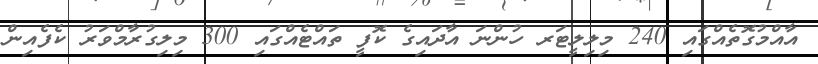
އާއްމުގޮތެއްގައި 240 މިލިލީޓަރ ހުންނަ އާދައިގެ ކޮފީ ތައްޓެއްގައި 300 މިލިގުރާމްވަރު ކެފެއިން